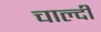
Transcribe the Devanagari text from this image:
चाल्दी